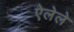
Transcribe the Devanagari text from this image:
ऐलेले